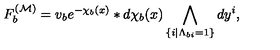
F _ { b } ^ { ( { \cal M } ) } = v _ { b } e ^ { - \chi _ { b } ( x ) } \ast d \chi _ { b } ( x ) \bigwedge _ { \{ i | \Lambda _ { b i } = 1 \} } d y ^ { i } ,